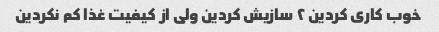
خوب کاری کردین ۲ سازیش کردین ولی از کیفیت غذا کم نکردین